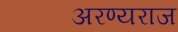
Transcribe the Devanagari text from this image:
अरण्यराज